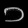
Digit: ၁